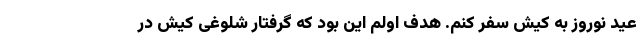
عید نوروز به کیش سفر کنم. هدف اولم این بود که گرفتار شلوغی کیش در